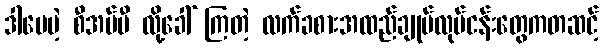
ဒါပေမဲ့ စီအမ်ပီ လို့ခေါ် ကြတဲ့ လက်ခစားအထည်ချုပ်လုပ်ငန်းတွေကတဆင့်